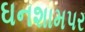
ઘનશામપર